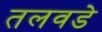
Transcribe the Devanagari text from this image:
तलवडे